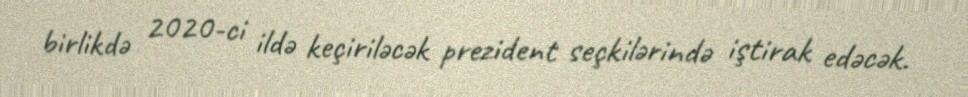
birlikdə 2020-ci ildə keçiriləcək prezident seçkilərində iştirak edəcək.